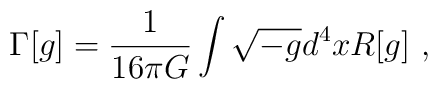
\Gamma[g]={1 \over 16\pi G}\int \sqrt{-g}d^4x R[g]~,